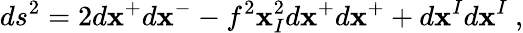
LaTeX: ds^{2}=2d\mathbf{x}^{+}d\mathbf{x}^{-}-f^{2}\mathbf{x}_{I}^{2}d\mathbf{x}^{+}d\mathbf{x}^{+}+d\mathbf{x}^{I}d\mathbf{x}^{I}~,